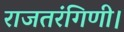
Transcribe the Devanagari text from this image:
राजतरंगिणी।